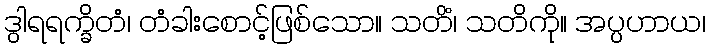
ဒွါရရက္ခိတံ၊ တံခါးစောင့်ဖြစ်သော။ သတိံ၊ သတိကို။ အပ္ပဟာယ၊